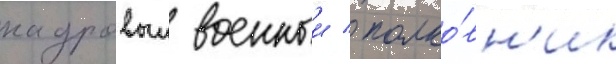
кадровыи военныи / полко́вн'ик